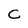
Character: c